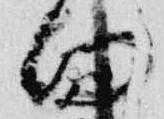
向